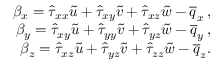
\begin{array} { r } { \beta _ { x } = \hat { \tau } _ { x x } \tilde { u } + \hat { \tau } _ { x y } \tilde { v } + \hat { \tau } _ { x z } \tilde { w } - \overline { { q } } _ { x } \, \mathrm { , } } \\ { \beta _ { y } = \hat { \tau } _ { x y } \tilde { u } + \hat { \tau } _ { y y } \tilde { v } + \hat { \tau } _ { y z } \tilde { w } - \overline { { q } } _ { y } \, \mathrm { , } } \\ { \beta _ { z } = \hat { \tau } _ { x z } \tilde { u } + \hat { \tau } _ { y z } \tilde { v } + \hat { \tau } _ { z z } \tilde { w } - \overline { { q } } _ { z } \mathrm { . } } \end{array}